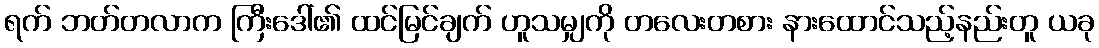
ရက် ဘတ်တလာက ကြီးဒေါ်၏ ထင်မြင်ချက် ဟူသမျှကို တလေးတစား နားထောင်သည့်နည်းတူ ယခု